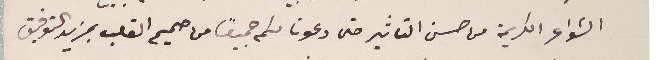
الشواعر الكريمة من حسن التاثير حتى دعونا لكم جميعًا من صميم القلب بمزيد التوفيق